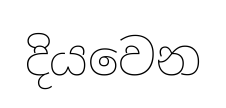
දියවෙන